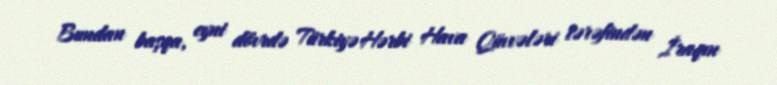
Bundan başqa, eyni dövrdə Türkiyə Hərbi Hava Qüvvələri tərəfindən İraqın